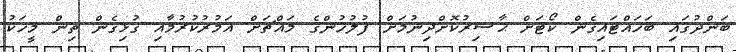
ބަންދުގައި ބަހައްޓައިގެން ކޯޓަށް ޙާޟިރުކޮށްދިނުމަށް ފުލުހުންގެ މައްޗަށް އަމުރުކުރުމާއި ގުޅިގެން ތިން މީހަކު